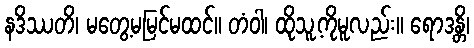
နဒိဿတိ၊ မတွေ့မမြင်မထင်။ တံဝါ၊ ထိုသူ့ကိုမူလည်း။ ရောဒန္တိ၊